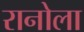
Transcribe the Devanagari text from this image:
रानोला